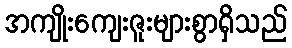
အကျိုးကျေးဇူးများစွာရှိသည်